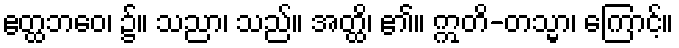
ဧတ္ထဘဝေ၊ ၌။ သညာ၊ သည်။ အတ္ထိ၊ ၏။ ဣတိ-တသ္မာ၊ ကြောင့်။